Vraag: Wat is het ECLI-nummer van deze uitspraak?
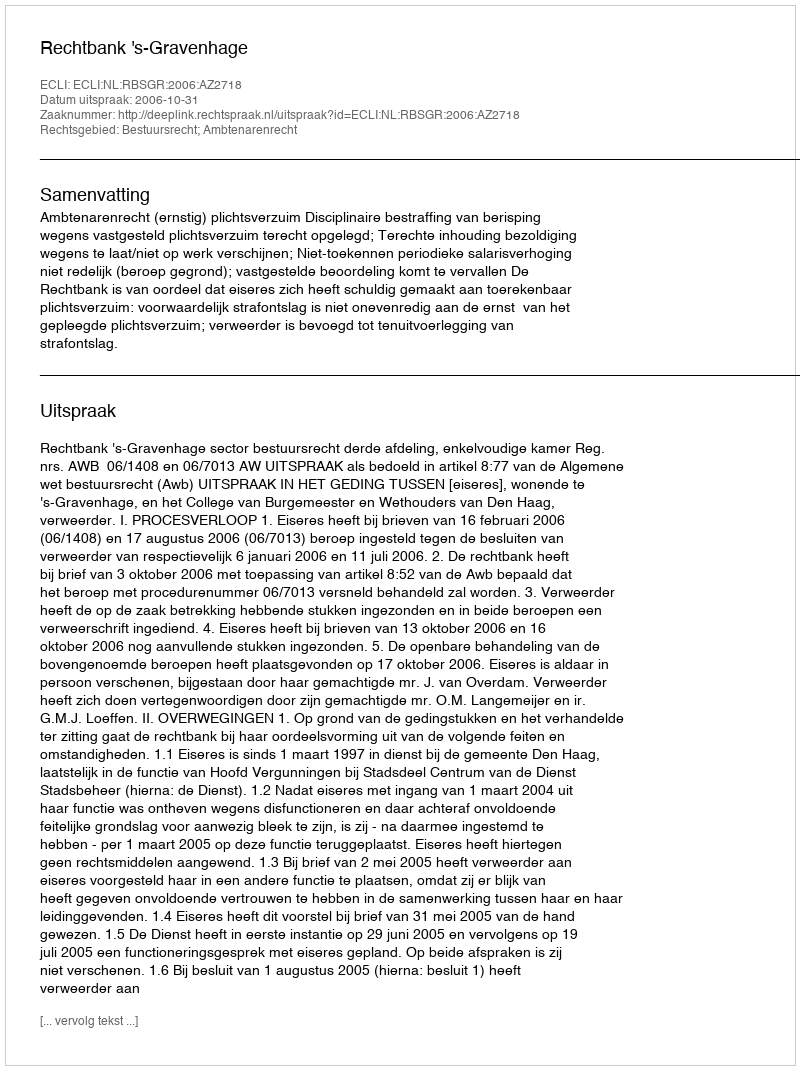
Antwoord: ECLI:NL:RBSGR:2006:AZ2718